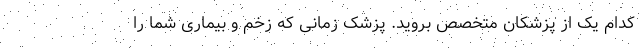
کدام یک از پزشکان متخصص بروید. پزشک زمانی که زخم و بیماری شما را